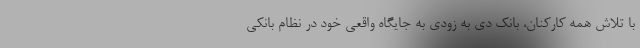
با تلاش همه کارکنان، بانک دی به زودی به جایگاه واقعی خود در نظام بانکی